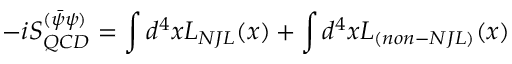
- i S _ { Q C D } ^ { ( \bar { \psi } \psi ) } = \int d ^ { 4 } x { \cal L } _ { N J L } ( x ) + \int d ^ { 4 } x { \cal L } _ { ( n o n - N J L ) } ( x )